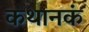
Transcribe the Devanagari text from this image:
कथानकं